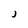
Character: J